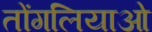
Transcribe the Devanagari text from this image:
तोंगलियाओ